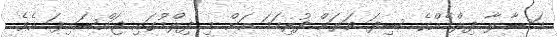
މަސާލާ ފިލްމެއްގެ ސިފަ ވަރަށް ފުރިހަމަ އަށް މި ފިލްމުގައި ޖައްސައިފަ އެވެ.